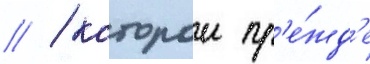
// / которои пр'е́жд'е